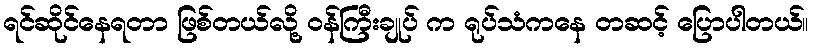
ရင်ဆိုင်နေရတာ ဖြစ်တယ်လို့ ဝန်ကြီးချုပ် က ရုပ်သံကနေ တဆင့် ပြောပါတယ်။